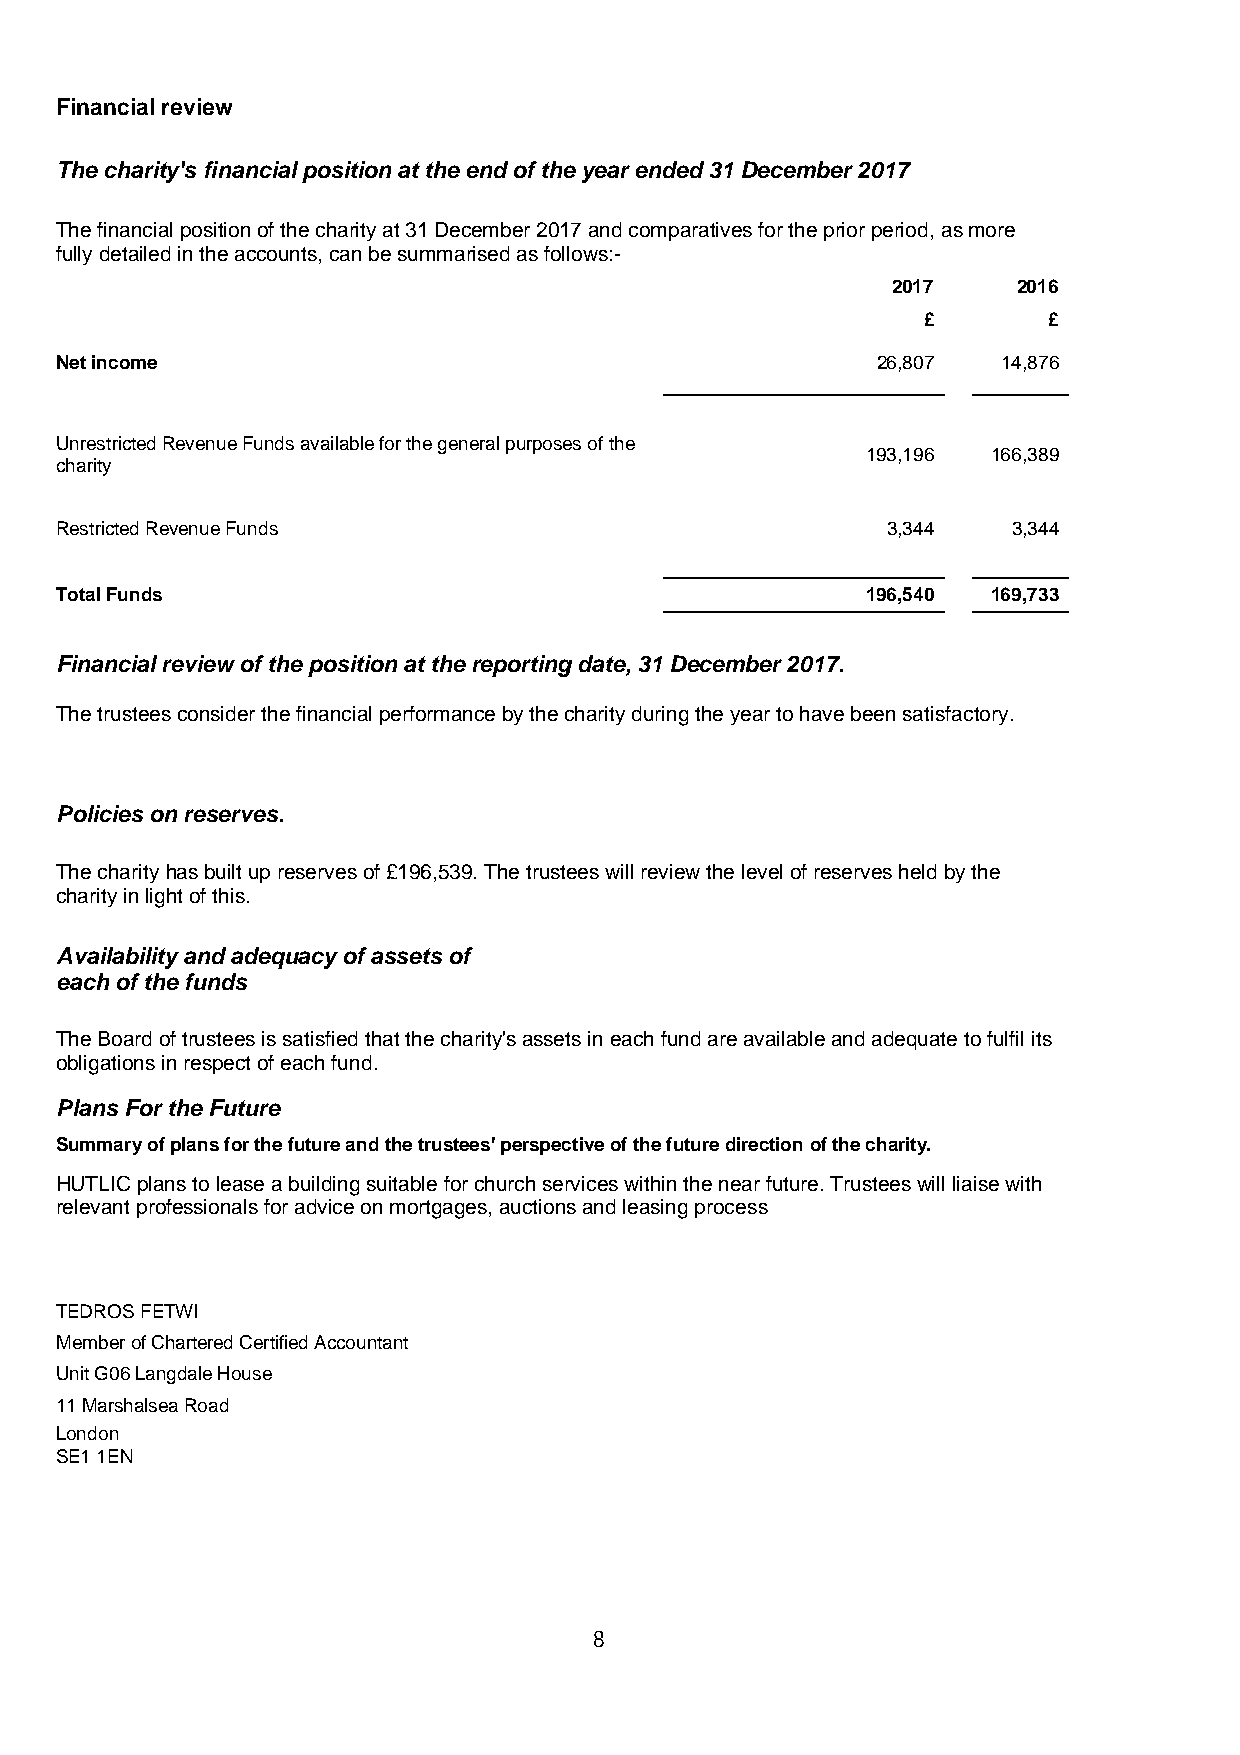
Financial review
 The charity's financial position at the end of the year ended 31 December 2017
 The financial position of the charity at 31 December 2017 and comparatives for the prior period, as more
 fully detailed in the accounts, can be summarised as follows:-
 2017    2016
 £       £
 Net income                                            26,807  14,876
 Unrestricted Revenue Funds available for the general purposes of the
 193,196  166,389
 charity
 Restricted Revenue Funds                               3,344   3,344
 Total Funds                                          196,540  169,733
 Financial review of the position at the reporting date, 31 December 2017.
 The trustees consider the financial performance by the charity during the year to have been satisfactory.
 Policies on reserves.
 The charity has built up reserves of £196,539. The trustees will review the level of reserves held by the
 charity in light of this.
 Availability and adequacy of assets of
 each of the funds
 The Board of trustees is satisfied that the charity's assets in each fund are available and adequate to fulfil its
 obligations in respect of each fund.
 Plans For the Future
 Summary of plans for the future and the trustees' perspective of the future direction of the charity.
 HUTLIC plans to lease a building suitable for church services within the near future. Trustees will liaise with
 relevant professionals for advice on mortgages, auctions and leasing process
 TEDROS FETWI
 Member of Chartered Certified Accountant
 Unit G06 Langdale House
 11 Marshalsea Road
 London
 SE1 1EN
 8